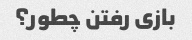
بازی رفتن چطور؟